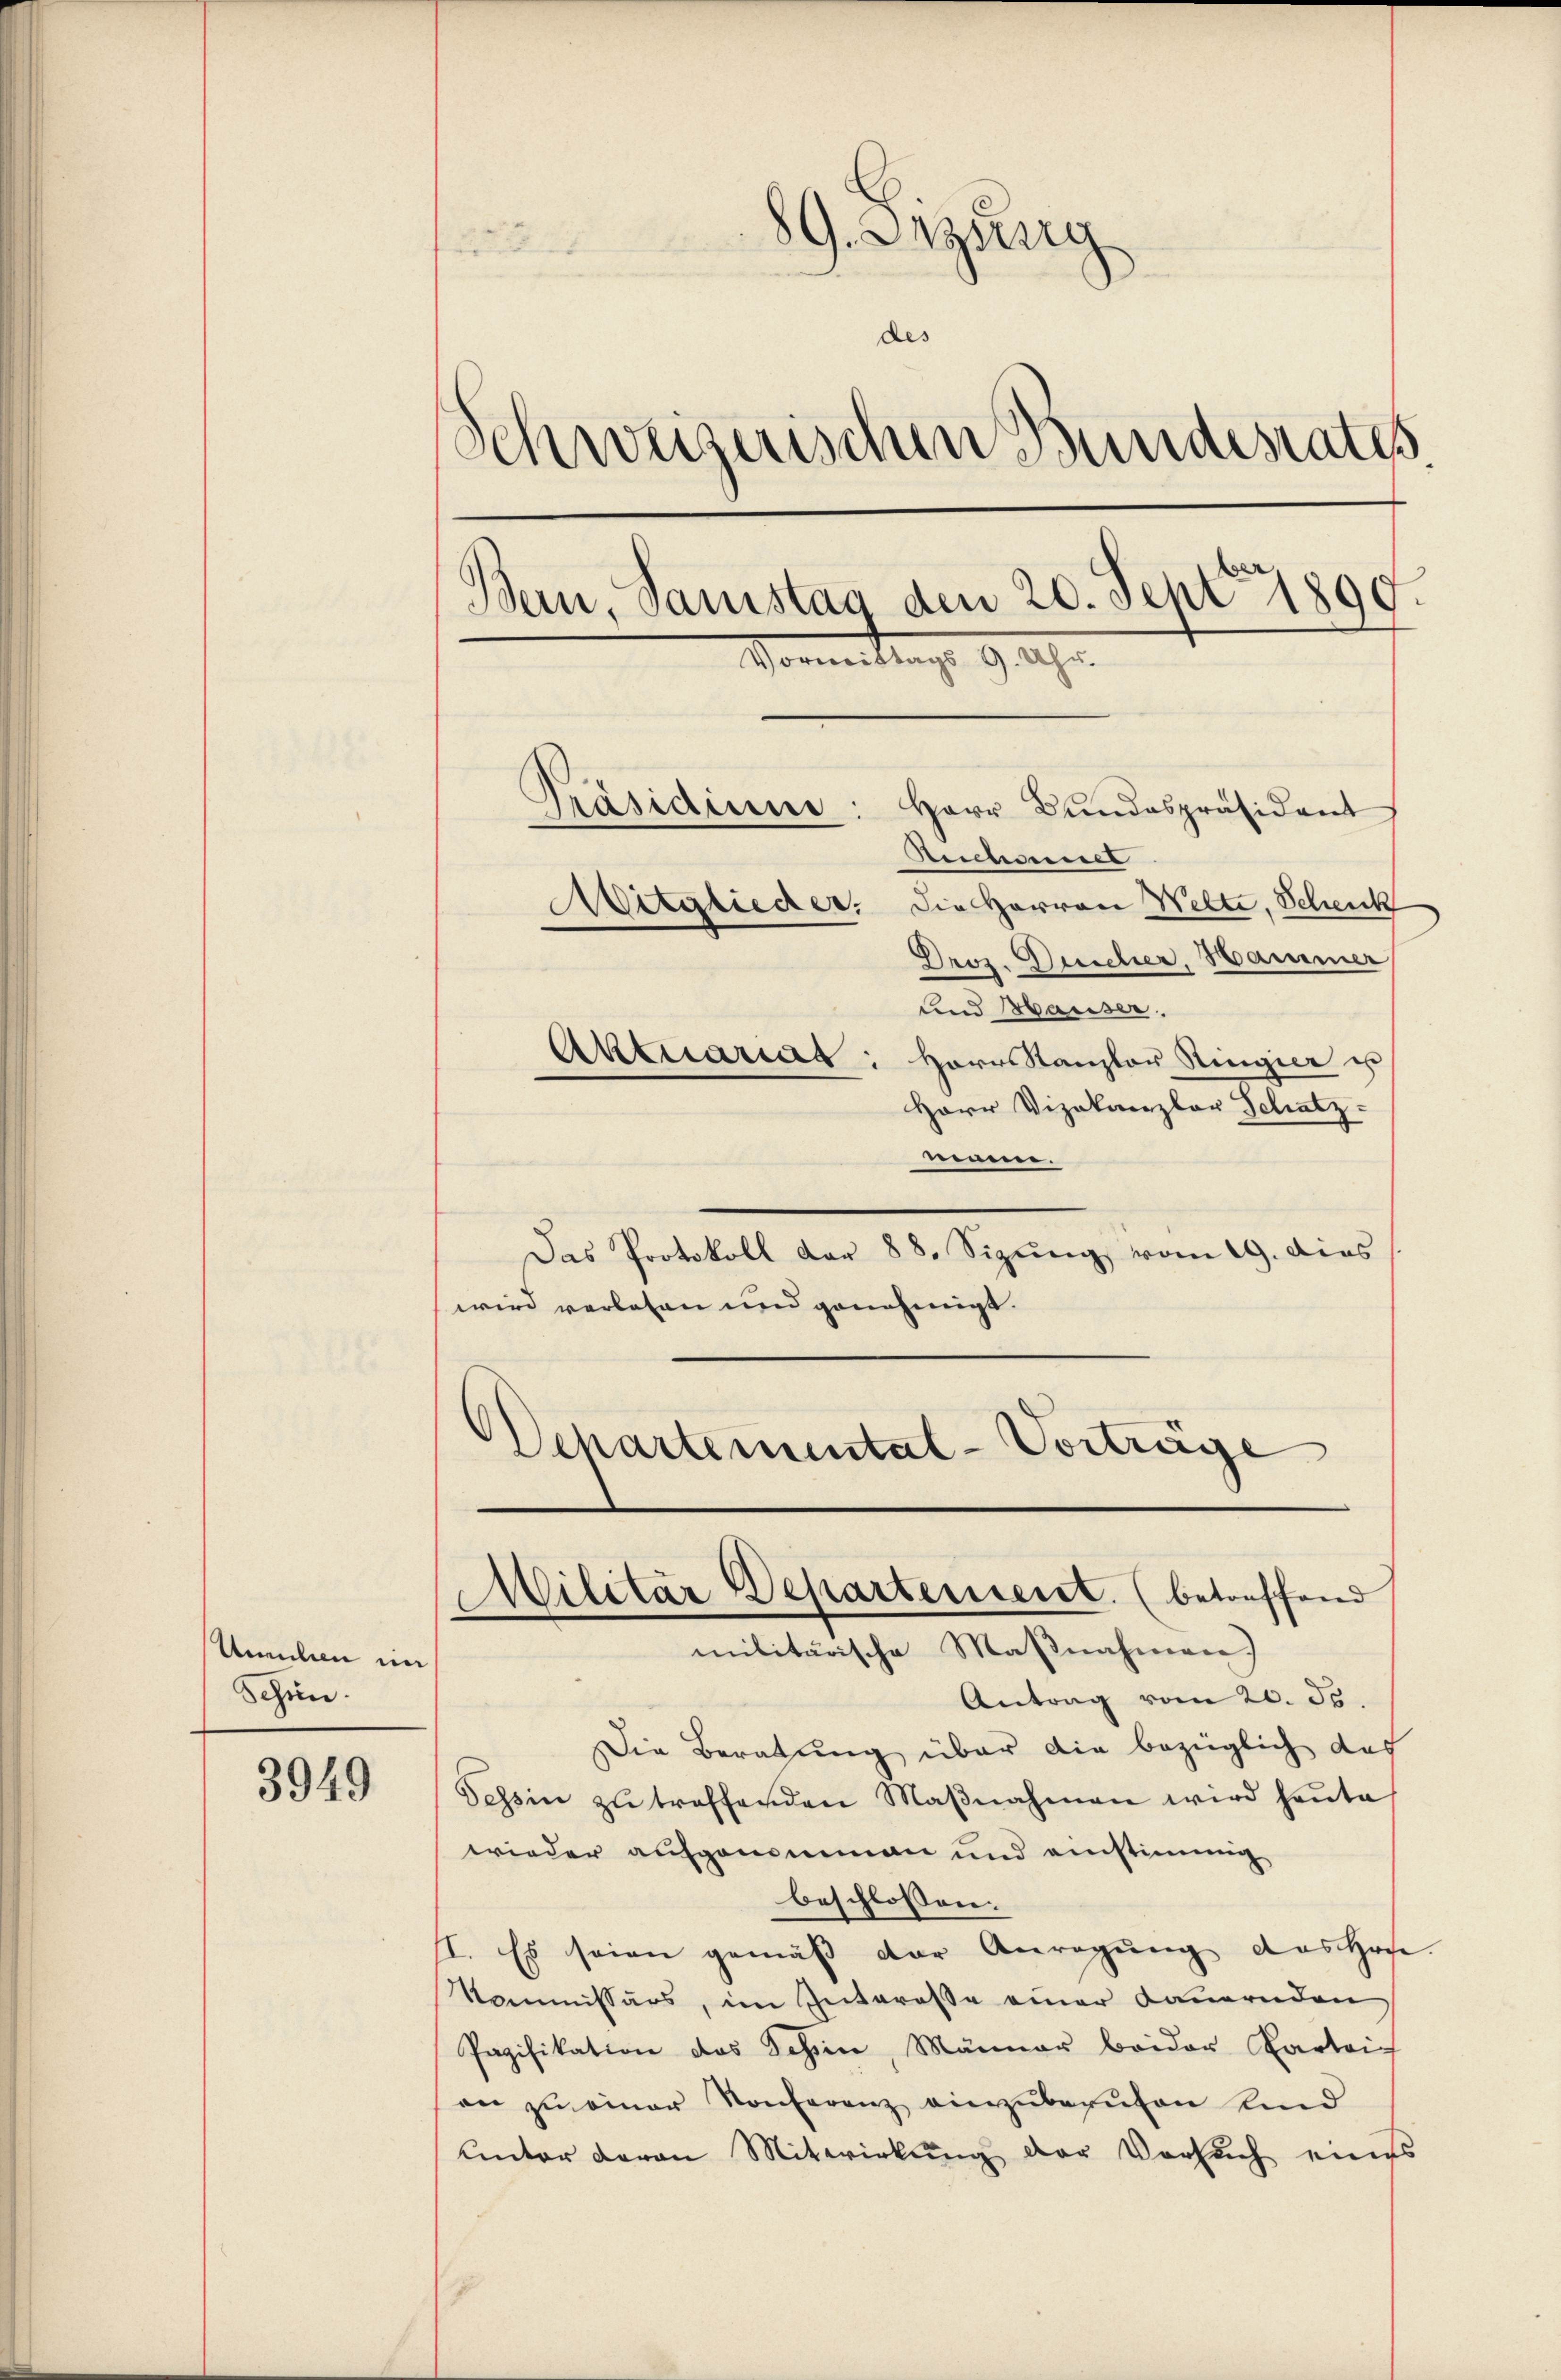
Uneben im
Schön.

3949

89. Dezung

des
Schweizerischen Bundesrates
Bern, Samstag den 20. Sept 1890.
Vormittags 9 Uhr.
Präsidium:
Herr Bundespräsident
Rechaniel
Mitglieder. Die Herren Welte, Schenk
Droz. Duscher, Hammer
und Hauser.
Aktuariat: Herr Kanzler Ringier un
Herr Vizekanzler Schatz-

nnen.
Das Protokoll dar 88. Sizŭng vom 19. dies
wird verlosen und genehmigt.
(
Departemental-Vorträge

Cilitär Departement. (betreffend
militärische Maßnahmen.

Antrag vom 20. d.
Die Beratung über die bezüglich das
Tessin zŭ treffenden Maβnahmen wird heute
wieder aufgenommen und einstimmig
beschlossen:
II. Es seien gemäβ der Anregŭng des Hofe.
Kommissärs, im Interesse einer Dauernden
Pagifikation das Schien, Männer beider Parteich
an zŭ einer Konferenz einzŭberŭfen Kind
Unter daran Mitwirkŭng der Versuch eines